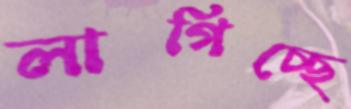
লাগিচ্ছে